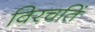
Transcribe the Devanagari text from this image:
विरचतिं